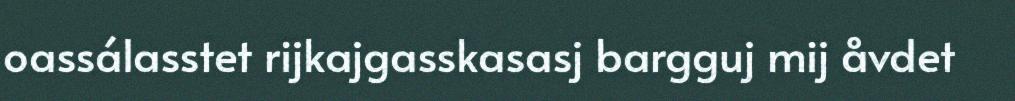
oassálasstet rijkajgasskasasj bargguj mij åvdet